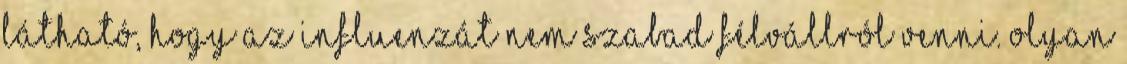
látható, hogy az influenzát nem szabad félvállról venni. Olyan